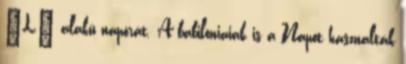
"L" alakú napórát. A babilóniaiak is a Napot használták